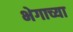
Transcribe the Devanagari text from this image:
भेगाच्या